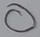
Text: O